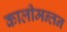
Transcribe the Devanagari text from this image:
कालीमन्तन